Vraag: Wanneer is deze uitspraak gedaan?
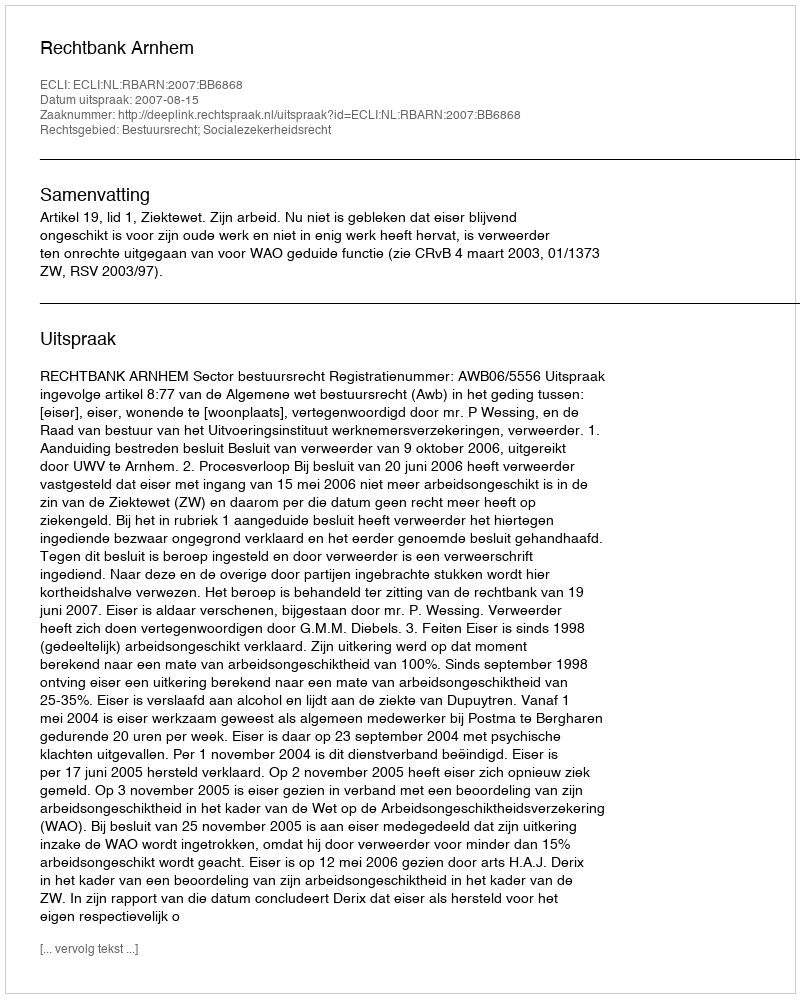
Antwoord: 2007-08-15